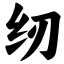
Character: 纫